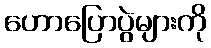
ဟောပြောပွဲများကို